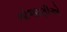
ભોજાણીએ